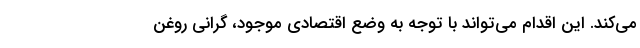
می‌کند. این اقدام می‌تواند با توجه به وضع اقتصادی موجود، گرانی روغن